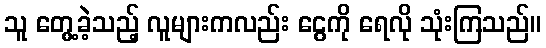
သူ တွေ့ခဲ့သည့် လူများကလည်း ငွေကို ရေလို သုံးကြသည်။